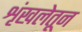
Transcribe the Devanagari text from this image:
शृंखलेतून